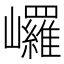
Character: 𡿇